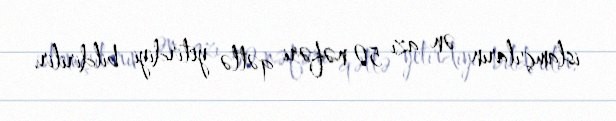
islamçıların ən azı 50 nəfəri qətlə yetirdiyi bildirilir.